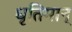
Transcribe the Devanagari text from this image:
धृतिमान्‌